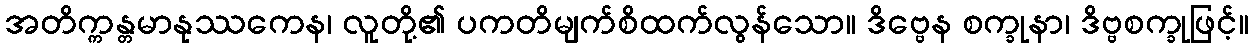
အတိက္ကန္တမာနုဿကေန၊ လူတို့၏ ပကတိမျက်စိထက်လွန်သော။ ဒိဗ္ဗေန စက္ခုနာ၊ ဒိဗ္ဗစက္ခုဖြင့်။